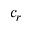
c _ { r }